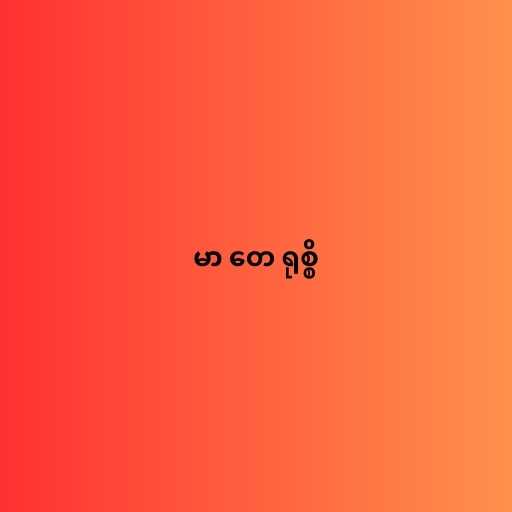
မာ တေ ရုစ္စိ